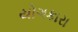
યોગકારા